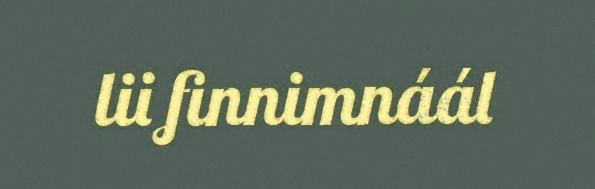
lii finnimnáál